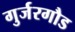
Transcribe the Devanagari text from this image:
गुर्जरगौड